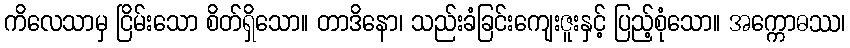
ကိလေသာမှ ငြိမ်းသော စိတ်ရှိသော။ တာဒိနော၊ သည်းခံခြင်းကျေးဇူးနှင့် ပြည့်စုံသော။ အက္ကောဓဿ၊